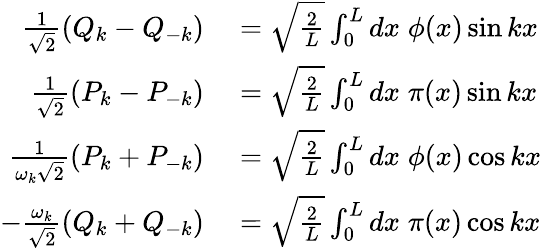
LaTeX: \begin{array}{rl}{\frac{1}{\sqrt{2}}(Q_{k}-Q_{-k})}&{{}=\sqrt{\frac{2}{L}}\int_{0}^{L}dx\; \phi(x)\sin kx}\\ {\frac{1}{\sqrt{2}}(P_{k}-P_{-k})}&{{}=\sqrt{\frac{2}{L}}\int_{0}^{L}dx\; \pi(x)\sin kx}\\ {\frac{1}{\omega_{k}\sqrt{2}}(P_{k}+P_{-k})}&{{}=\sqrt{\frac{2}{L}}\int_{0}^{L}dx\; \phi(x)\cos kx}\\ {-\frac{\omega_{k}}{\sqrt{2}}(Q_{k}+Q_{-k})}&{{}=\sqrt{\frac{2}{L}}\int_{0}^{L}dx\; \pi(x)\cos kx}\end{array}